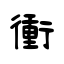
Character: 衝